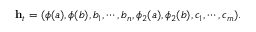
\begin{array} { r } { \mathbf { h } _ { t } = ( \phi ( a ) , \phi ( b ) , b _ { 1 } , \cdots , b _ { n } , \phi _ { 2 } ( a ) , \phi _ { 2 } ( b ) , c _ { 1 } , \cdots , c _ { m } ) . } \end{array}